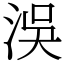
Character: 洖